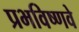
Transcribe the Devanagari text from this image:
प्रभविष्णवे